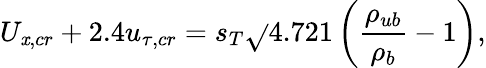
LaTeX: U_{\mathit{x},cr}+2.4u_{\tau,cr}=s_{T}\sqrt{}{{4.721\left(\frac{{\rho_{ub}}}{{\rho_{b}}}-1\right)}},